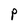
Character: P